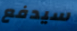
سيدفع